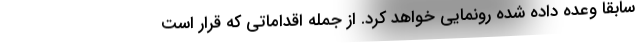
سابقا وعده داده شده رونمایی خواهد کرد. از جمله اقداماتی که قرار است